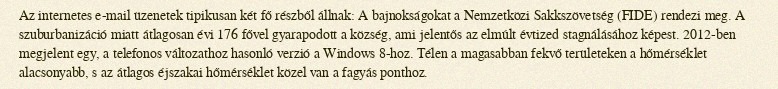
Az internetes e-mail üzenetek tipikusan két fő részből állnak: A bajnokságokat a Nemzetközi Sakkszövetség (FIDE) rendezi meg. A szuburbanizáció miatt átlagosan évi 176 fővel gyarapodott a község, ami jelentős az elmúlt évtized stagnálásához képest. 2012-ben megjelent egy, a telefonos változathoz hasonló verzió a Windows 8-hoz. Télen a magasabban fekvő területeken a hőmérséklet alacsonyabb, s az átlagos éjszakai hőmérséklet közel van a fagyás ponthoz.